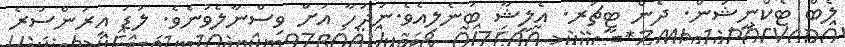
ލެބް ޓެކްނީޝަން. ދެން ޓީޗަރ. އެލީޝާ ބުނެލިއެވެ.ނަދުހާ އަށް ވިސްނާލެވުނެވެ. ލުޑަ އިރުންސުރެ